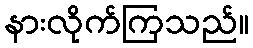
နားလိုက်ကြသည်။